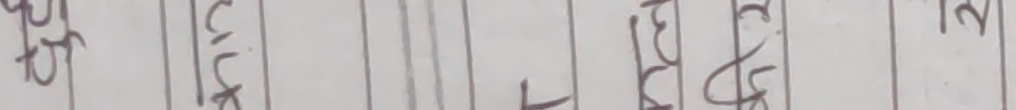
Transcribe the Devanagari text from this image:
५५ चकटस ३टपढम २१